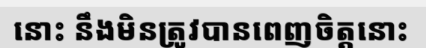
នោះ នឹងមិនត្រូវបានពេញចិត្តនោះ